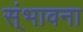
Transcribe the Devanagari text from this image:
स्ंभावना